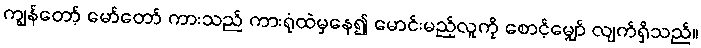
ကျွန်တော့် မော်တော် ကားသည် ကားရုံထဲမှနေ၍ မောင်းမည့်လူကို စောင့်မျှော် လျက်ရှိသည်။